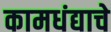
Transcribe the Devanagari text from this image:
कामधंद्याचे